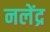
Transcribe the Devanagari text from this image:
नलेंद्र